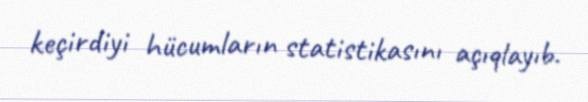
keçirdiyi hücumların statistikasını açıqlayıb.